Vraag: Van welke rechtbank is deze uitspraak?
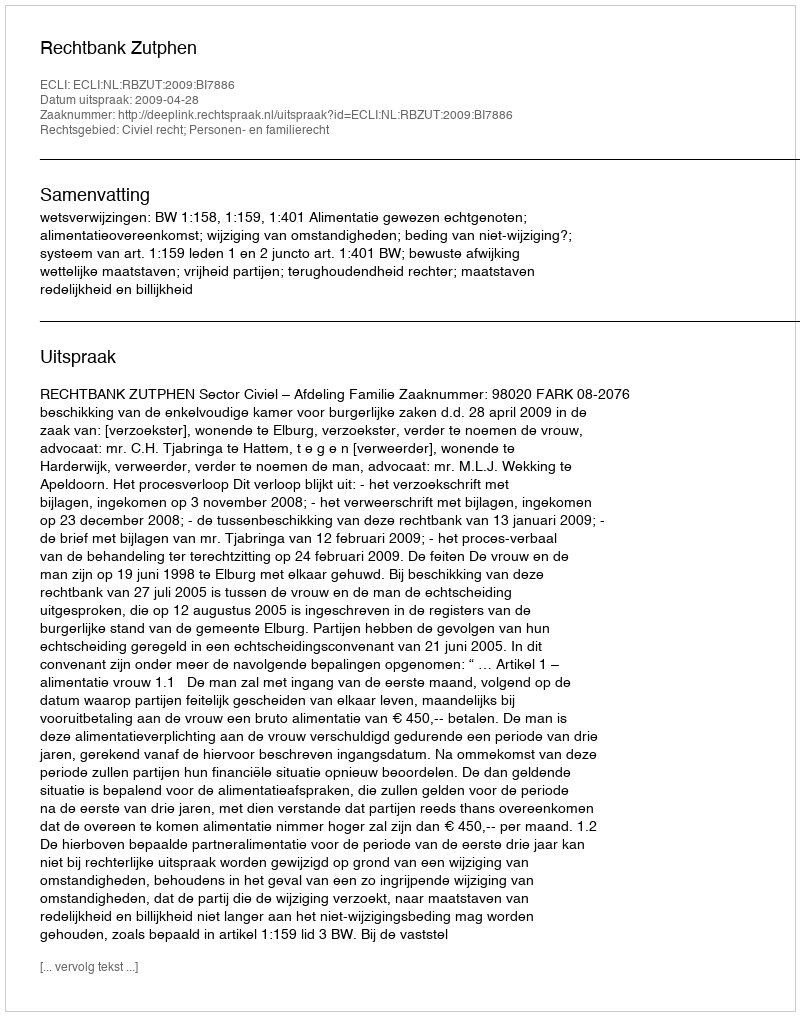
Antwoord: Rechtbank Zutphen